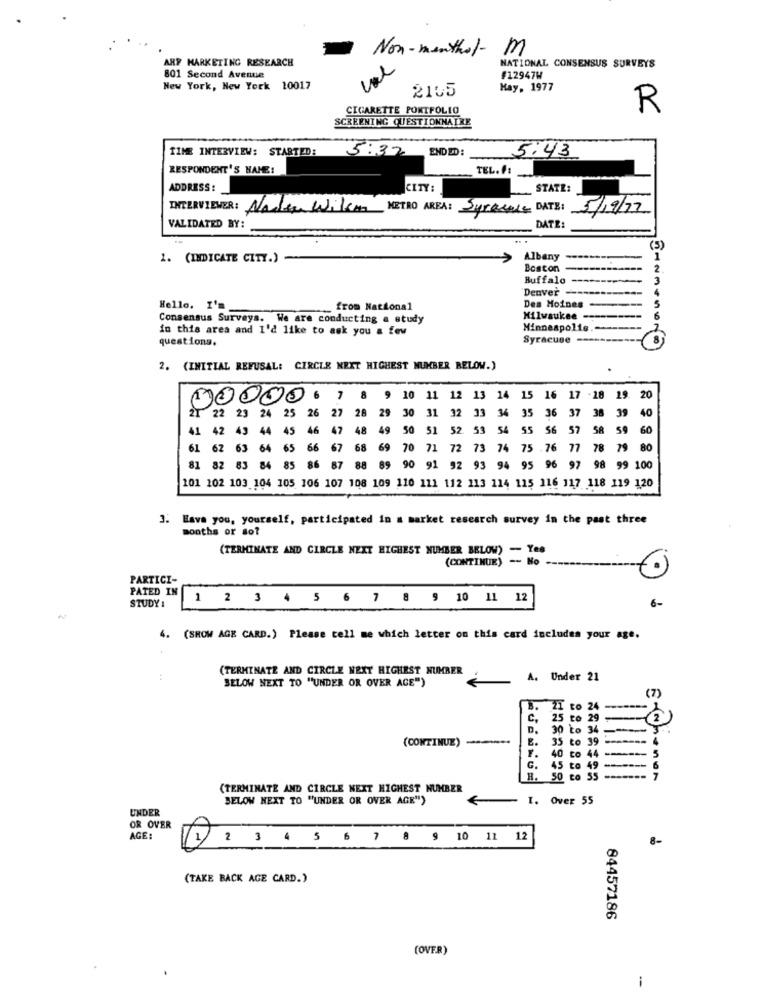
Non-menthol- M
ARF MARKETING RESEARCH
NATIONAL CONSENSUS SURVEYS
801 Second Avenue
#12947W
New York, New York 10017
2105
Hay, 1977
CIGARETTE PORTFOLIO
R
SCREENING QUESTIONNAIRE
TIME INTERVIEW: STARTED:
5:32 ENDED:
5:43
RESPONDENT'S NAME:
TEL.11.
ADDRESS:
CITY:
STATE:
INTERVIEWER: Nadia Wilo METRO AREA: Sprawie DATE:
5/19/72
VALIDATED BY:
DATE:
(5)
1. (INDICATE CITY.)
Albany
1
Boston
2
Buffalo
3
Denver -
4
Hello. I'm
-
from National
Des Moines -
Consensus Surveys. We are conducting a study
Milwaukee -------
in this area and I'd like to ask you a few
Minneapolis .-
questions.
Syracuse -----------
2. (INITIAL REFUSAL: CIRCLE NEXT HIGHEST NUMBER BELOW.)
moc
6
7
8
9
10 11 12 13
14
15
16
17 .28 29. 2
22
21
24
25
26
27
28
29
30
31 32
33
34 35
36 37
38 39
40
41
42
43
44
45
46
47
48
49
50
51
52
53
54 55
$6 57 58 59
60
61
67
63
64
65
66
67
68
69
70 71
72 73
74 75 .76 77 78 79 80
81
83
84
85
86
87
88
89
90
91 92 93
94 95 96 97 98 99 100
101 102 103 104 105 106 107 108 109 110 111 112 113 114 115 116 117 118 119 120
3. Have you, yourself, participated in a market research survey in the past three
months or so?
(TERMINATE AND CIRCLE NEXT HIGHEST NUMBER BELOW) - Yes
(CONTINUE) -- Bo
PARTICI-
PATED IN
1 2 3 4 5 6 7 8 9 10 11 12
6-
STUDY :
4. (SHOW AGE CARD.) Please tell me which letter on this card includes your age.
(TERMINATE AND CIRCLE NEXT HIGHEST NUMBER
A. Under 21
BELOW NEXT TO "UNDER OR OVER ACE")
(7)
B. MI to 24
C.
25 to 29
-
2
D. 30 to 3
(CONTINUE) ---...
E.
35 to 39
---====
4
-- 5
F.
40 to 44
G.
45 to 49 ------- 6
H. 50 to 55
------- 7
(TERMINATE AND CIRCLE NEXT HIGHEST NUMBER
BELOW NEXT TO "UNDER OR OVER AGE")
I. Over 55
UNDER
OR OVER
AGE :
1 2 3 4 5 6 7 8 9 10 11 12
8-
(TAKE BACK AGE CARD.)
84457186
(OVER)
i